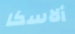
ألاسكا